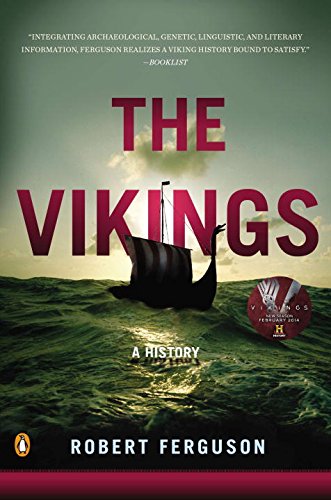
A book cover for The Vikings: A History; Robert Ferguson; History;